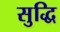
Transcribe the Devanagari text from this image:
सुद्धि